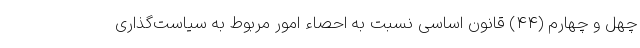
چهل و چهارم (۴۴) قانون اساسی نسبت به احصاء امور مربوط به سیاست‌گذاری